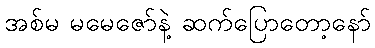
အစ်မ မမေဇော်နဲ့ ဆက်ပြောတော့နော်